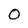
Character: O